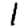
Digit: 1